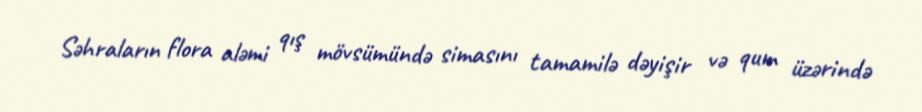
Səhraların flora aləmi qış mövsümündə simasını tamamilə dəyişir və qum üzərində